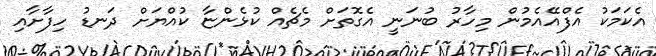
އެކަމަކު އެފްއޭއެމުން މިހާރު ބުނަނީ އެގޮތަށް މެޗެއް ކުޅެންޏާ ކުއްޔަށް ދަނޑު ހިފާށާއި